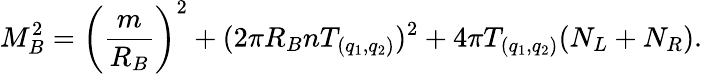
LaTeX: M_{B}^{2}=\left({\frac{m}{R_{B}}}\right)^{2}+(2\pi R_{B}nT_{(q_{1},q_{2})})^{2}+4\pi T_{(q_{1},q_{2})}(N_{L}+N_{R}).